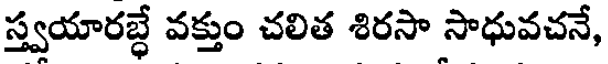
స్త్వయారబ్ధే వక్తుం చలిత శిరసా సాధువచనే,